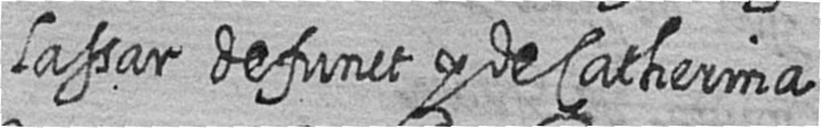
lassar defunct y de Catherina